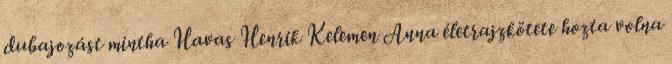
dubajozást mintha Havas Henrik Kelemen Anna életrajzkötete hozta volna